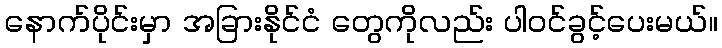
နောက်ပိုင်းမှာ အခြားနိုင်ငံ တွေကိုလည်း ပါဝင်ခွင့်ပေးမယ်။